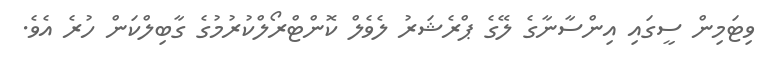
ވިޓަމިން ސީގައި އިންސާނާގެ ލޭގެ ޕްރެޝަރު ލެވެލް ކޮންޓްރޯލްކުރުމުގެ ގާބިލްކަން ހުރެ އެވެ.